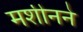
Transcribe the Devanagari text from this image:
मशीनने